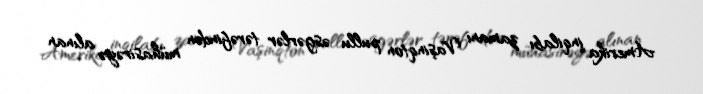
Amerika inqilabı zamanı Vaşinqton pullu əsgərlər tərəfindən mühasirəyə alınan